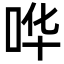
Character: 哗